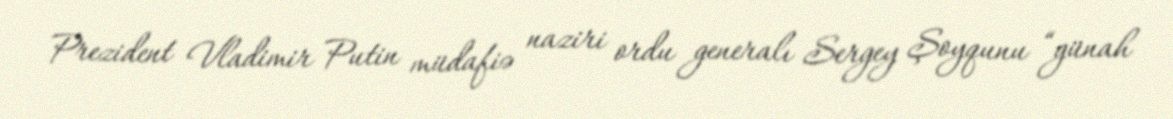
Prezident Vladimir Putin müdafiə naziri ordu generalı Sergey Şoyqunu “günah